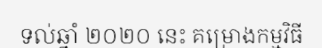
ទល់ឆ្នាំ ២០២០ នេះ គម្រោងកម្មវិធី